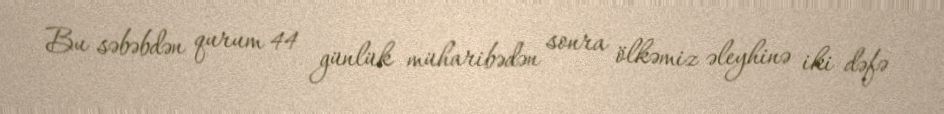
Bu səbəbdən qurum 44 günlük müharibədən sonra ölkəmiz əleyhinə iki dəfə